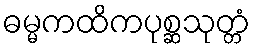
ဓမ္မကထိကပုစ္ဆသုတ္တံ